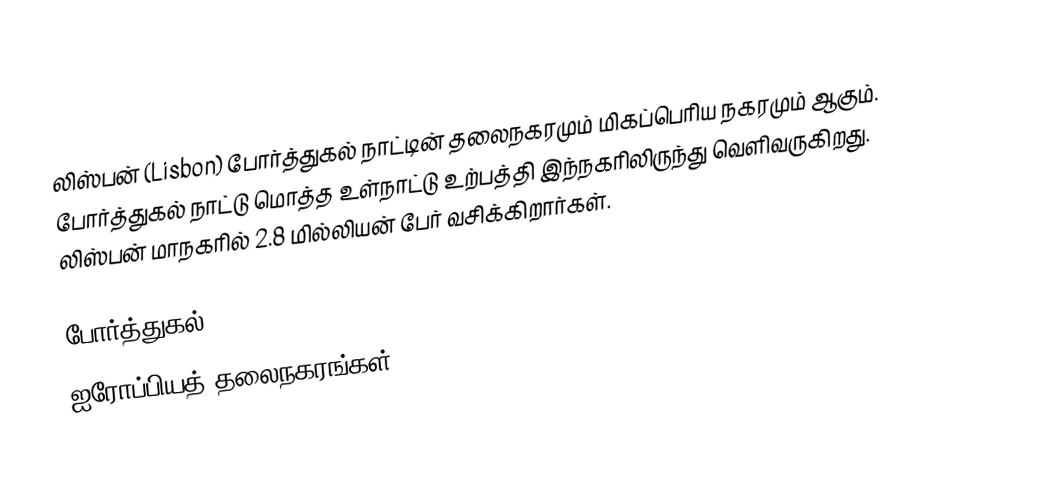
லிஸ்பன் (Lisbon) போர்த்துகல் நாட்டின் தலைநகரமும் மிகப்பெரிய நகரமும் ஆகும். போர்த்துகல் நாட்டு மொத்த உள்நாட்டு உற்பத்தி இந்நகரிலிருந்து வெளிவருகிறது. லிஸ்பன் மாநகரில் 2.8 மில்லியன் பேர் வசிக்கிறார்கள்.

போர்த்துகல்
ஐரோப்பியத் தலைநகரங்கள்